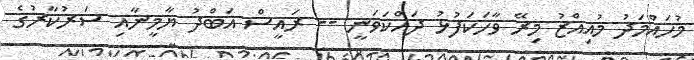
މުހައްމަދު މުއިއްޒު މިރޭ ވާހަކަފުޅު ދައްކަވަނީ -- ރައީސް އަބްދު ޔާމީނާއި ސަރުކާރުގެ